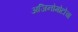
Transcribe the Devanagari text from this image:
अजिनोमोटोचा